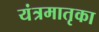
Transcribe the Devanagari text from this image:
यंत्रमातृका